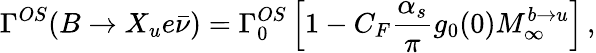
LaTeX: \Gamma^{OS}(B\to X_{u}e\bar{\nu})=\Gamma_{0}^{OS}\left[1-C_{F}\frac{\alpha_{s}}{\pi}g_{0}(0)M_{\infty}^{b\to u}\right]\, ,